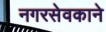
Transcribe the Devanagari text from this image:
नगरसेवकाने